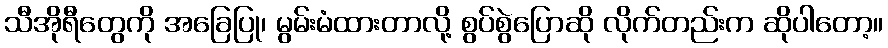
သီအိုရီတွေကို အခြေပြု၊ မွမ်းမံထားတာလို့ စွပ်စွဲပြောဆို လိုက်တည်းက ဆိုပါတော့။